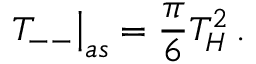
\left. T _ { -- } \right| _ { a s } = \frac { \pi } { 6 } T _ { H } ^ { 2 } \, .